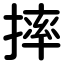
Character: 摔